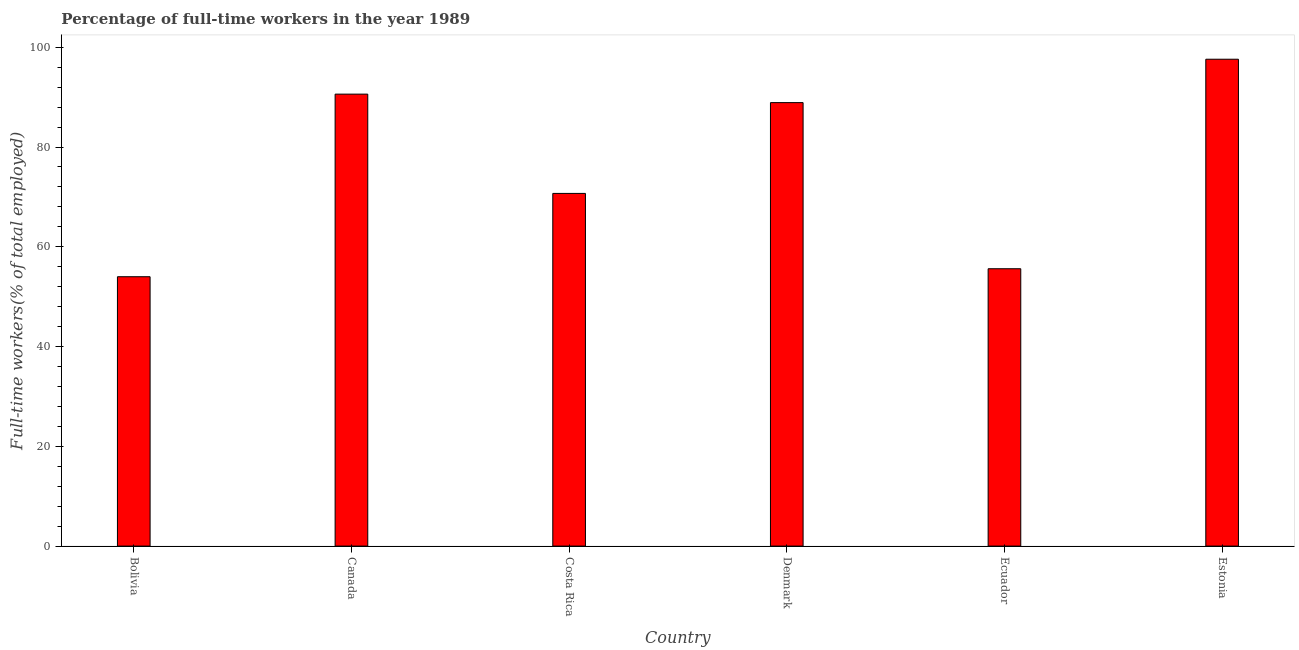
| Country | Wage and salaried workers |
 | --- | --- |
 | Bolivia | 54 |
 | Canada | 90.6 |
 | Costa Rica | 70.7 |
 | Denmark | 88.9 |
 | Ecuador | 55.6 |
 | Estonia | 97.6 |